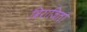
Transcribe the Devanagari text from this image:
विराजितो